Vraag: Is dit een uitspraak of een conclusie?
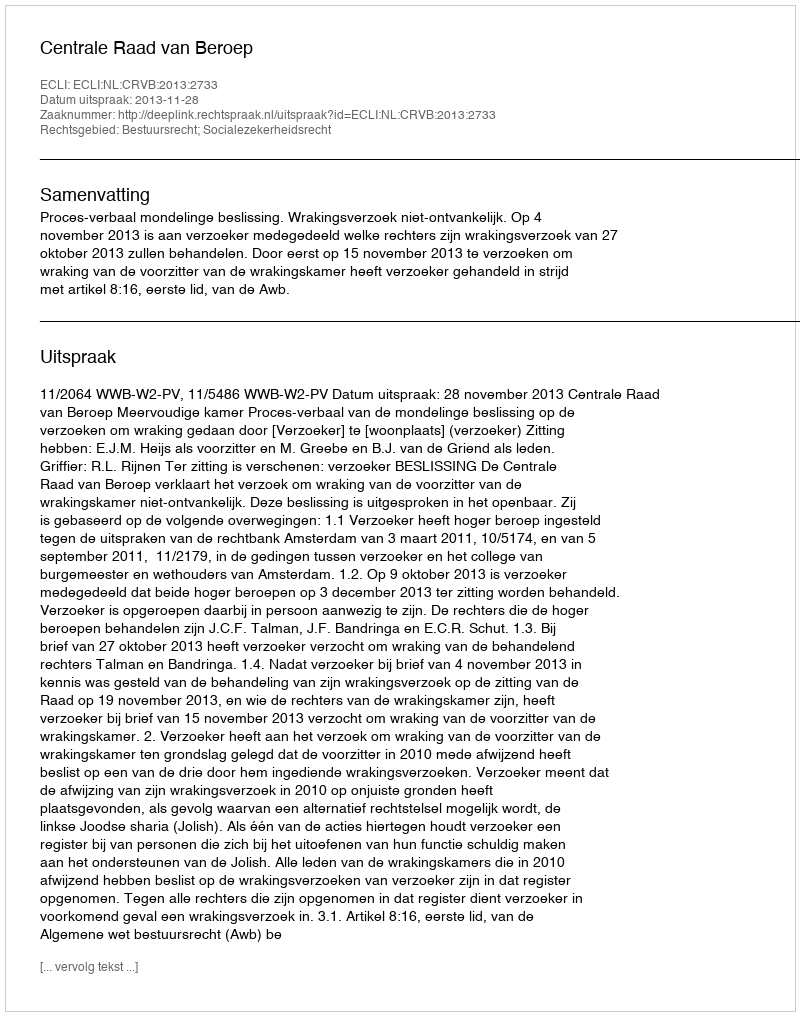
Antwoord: Uitspraak